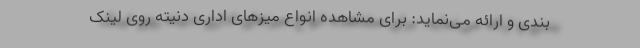
بندی و ارائه می‌نماید: برای مشاهده انواع میز‌های اداری دنیته روی لینک